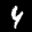
Label: 4